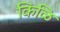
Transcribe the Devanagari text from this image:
किळि